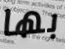
بها